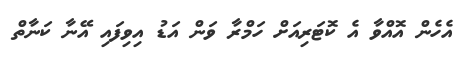
އެހެން އޮއްވާ އެ ކޮޓަރިއަށް ހަމްރާ ވަން އަޑު އިވިފައި އޭނާ ކަނާތް